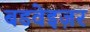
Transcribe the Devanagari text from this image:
बडवेइज़र